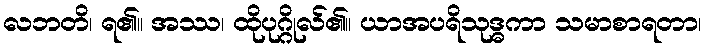
လဘတိ၊ ရ၏။ အဿ၊ ထိုပုဂ္ဂိုလ်၏။ ယာအပရိသုဒ္ဓကာ သမာစာရတာ၊